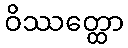
ဝိဿတ္ထော